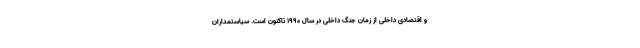
و اقتصادی داخلی از زمان جنگ داخلی در سال ۱۹۹۰ تاکنون است. سیاستمداران